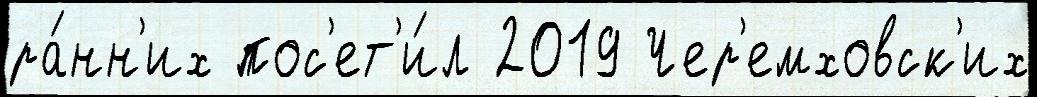
ра́нн'их пос'ет'и́л 2019 Чер'емховск'их